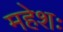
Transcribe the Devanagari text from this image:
महेशः